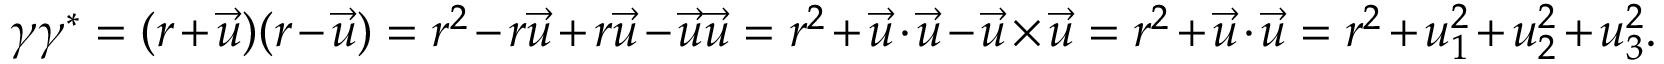
\gamma \gamma ^ { * } = ( r + { \vec { u } } ) ( r - { \vec { u } } ) = r ^ { 2 } - r { \vec { u } } + r { \vec { u } } - { \vec { u } } { \vec { u } } = r ^ { 2 } + { \vec { u } } \cdot { \vec { u } } - { \vec { u } } \times { \vec { u } } = r ^ { 2 } + { \vec { u } } \cdot { \vec { u } } = r ^ { 2 } + u _ { 1 } ^ { 2 } + u _ { 2 } ^ { 2 } + u _ { 3 } ^ { 2 } .